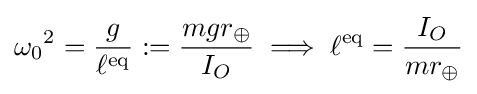
{\omega _{0}}^{2}={\frac {g}{\ell ^{\mathrm {eq} }}}:={\frac {mgr_{\oplus }}{I_{O}}}\implies \ell ^{\mathrm {eq} }={\frac {I_{O}}{mr_{\oplus }}}